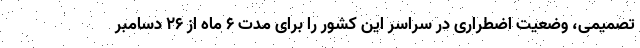
تصمیمی، وضعیت اضطراری در سراسر این کشور را برای مدت ۶ ماه از ۲۶ دسامبر